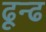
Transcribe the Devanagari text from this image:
ढून्ढ